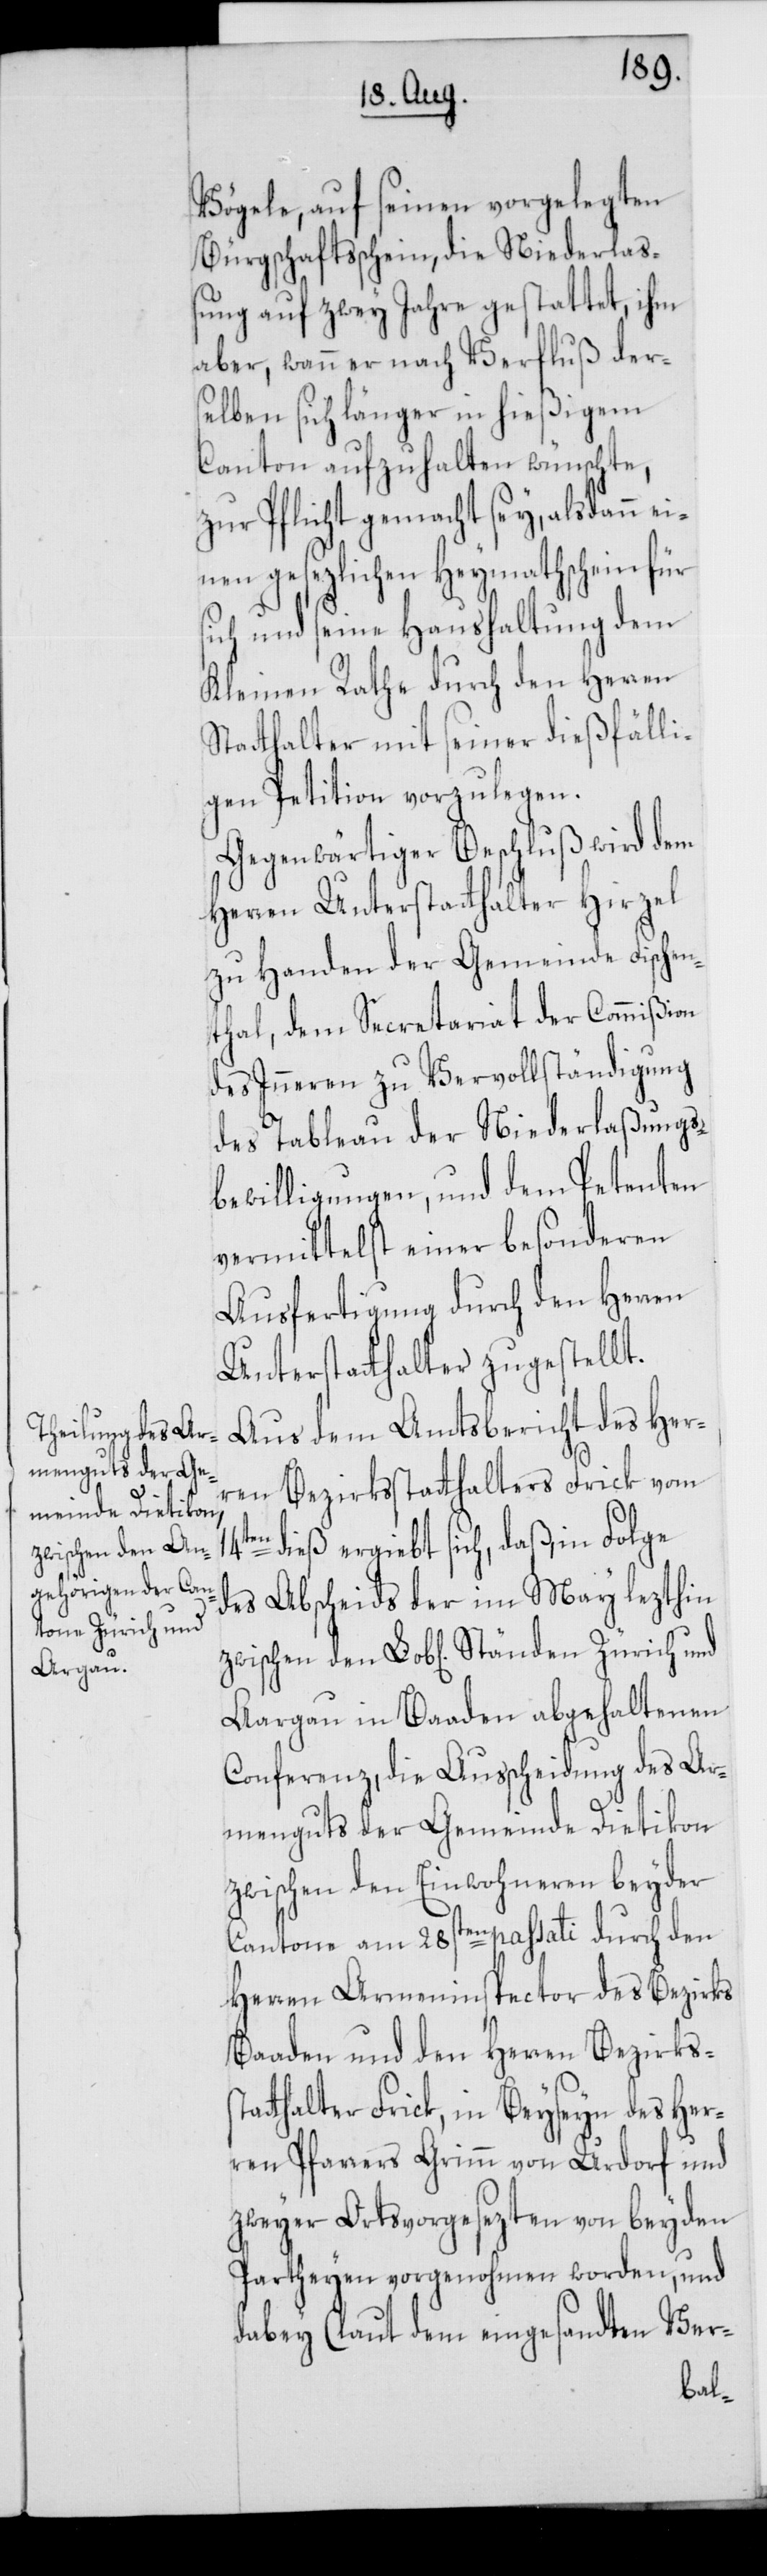
zwischen den
Ständen Zürich und

Vögele, auf seinen vorgelegten
Bürgschaftsschein, die Niederla¬
ßung auf zwey Jahre gestattet, ihm
aber, wann er nach Verfluß der¬
selben sich länger in hießigem
Canton aufzuhalten wünschte,
zur Pflicht gemacht sey, alsdann ei¬
nen gesetzlichen Heymathschein für
sich und seine Haushaltung dem
Kleinen Rathe durch den Herren
Statthalter und seiner dießfälli¬
gen Petition vorzulegen.
Gegenwärtiger Beschluß wird dem
Herren Unterstatthalter Hirzel
zu Handen der Gemeinde Fischen¬
thal, dem Secretariat der Commißion
des Inneren zu Vervollständigung
des Tableau der Niederlaßungs¬
bewilligungen, und dem Petenten
vermittelst einer besonderen
Ausfertigung durch den Herren
Unterstatthalter zugestellt.
Aus dem Amtsbericht des Her¬
ren Bezirksstatthalters Frick vom
en dieß ergiebt sich, daß, in Folge
des Abscheids der im May lezthin
Aargau in Baaden abgehaltenen
Conferenz, die Ausscheidung des Ar¬
menguts der Gemeinde Dietikon
zwischen den Einwohneren beyder
Cantone am 28sten passati durch den
Herren Armeninspector des Bezirks
Baaden und den Herren Bezirks¬
thalter Frick, in Beyseyn der Her¬
ren Pfarrers Grimm von Urdorf und
zweyer Ortsvorgesezten von beyden
Partheyen vorgenohmen worden, und
dabey (laut dem eingesandten Ver-
stat¬